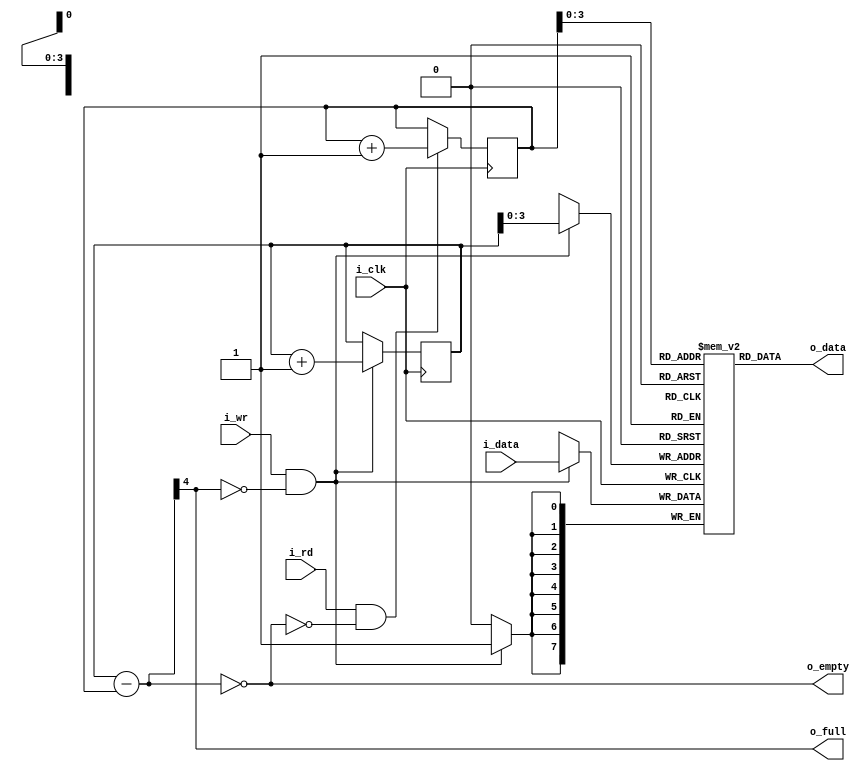
/*

Fall-Thru FIFO Component

    +---------------+
    | fifo          |
    |               |
=N=>|i_data     i_rd|<---
--->|i_wr     o_data|=N=>
<---|o_full  o_empty|--->
    |               |
 +->|i_clk          |
 |  +---------------+

*/

`default_nettype none

module fifothru #(
  parameter N = 8,                      // data bus bit width
  parameter N_ADDR = 4                  // address bit width
) (
  input             i_clk,              // system clock
  input             i_wr,               // write request
  input     [N-1:0] i_data,             // write data
  output            o_full,             // buffer full condition
  input             i_rd,               // read request
  output    [N-1:0] o_data,             // read data
  output            o_empty             // buffer empty condition
);
  localparam BUF_SIZE = 1 << N_ADDR;

  wire wr;                              // valid write request
  wire rd;                              // valid read request
  assign wr = i_wr && !o_full;
  assign rd = i_rd && !o_empty;

  // data buffer (memory)
  reg [N-1:0] buffer [0:BUF_SIZE-1];

  // maintain write pointer
  reg [N_ADDR:0] wr_addr;
  initial wr_addr = 0;
  always @(posedge i_clk)
    if (wr)
      wr_addr <= wr_addr + 1'b1;
  always @(posedge i_clk)  // NOTE: RAM access in its own block
    if (wr)
      buffer[wr_addr[N_ADDR-1:0]] <= i_data;

  // maintain read pointer
  reg [N_ADDR:0] rd_addr;
  initial rd_addr = 0;
  always @(posedge i_clk)
    if (rd)
      rd_addr <= rd_addr + 1'b1;
  assign o_data = buffer[rd_addr[N_ADDR-1:0]];

  // queue length
  wire [N_ADDR:0] len;
  assign len = wr_addr - rd_addr;
  assign o_empty = (len == 0);
  assign o_full = len[N_ADDR];//(len == BUF_SIZE);

/*
  // formal verification
  always @(*)
    assert(len <= BUF_SIZE);
*/

endmodule